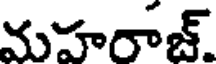
మహరాజ్.